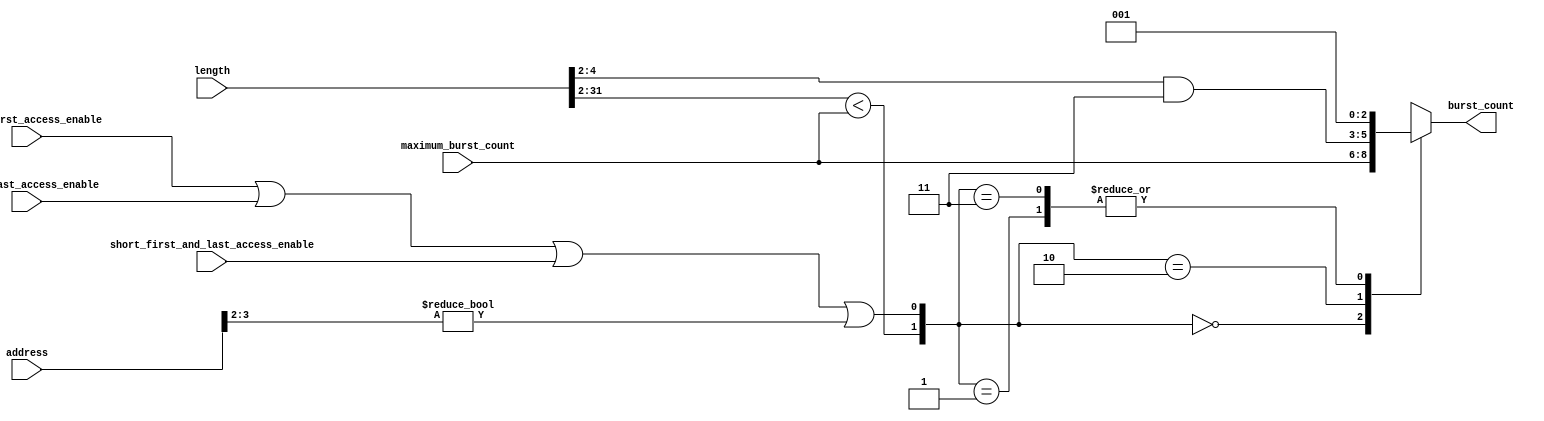
// (C) 2001-2016 Intel Corporation. All rights reserved.
// Your use of Intel Corporation's design tools, logic functions and other 
// software and tools, and its AMPP partner logic functions, and any output 
// files any of the foregoing (including device programming or simulation 
// files), and any associated documentation or information are expressly subject 
// to the terms and conditions of the Intel Program License Subscription 
// Agreement, Intel MegaCore Function License Agreement, or other applicable 
// license agreement, including, without limitation, that your use is for the 
// sole purpose of programming logic devices manufactured by Intel and sold by 
// Intel or its authorized distributors.  Please refer to the applicable 
// agreement for further details.


/*
  This block takes the length and forms the appropriate burst count.
  Whenever one of the short access enables are asserted this block
  will post a burst of one.  Posting a burst of one isn't necessary
  but it will make it possible to add byte enable support to the
  read master at a later date.


  Revision History:

  1.0  First version
  
  1.1  Added generate logic around the internal burst count logic to prevent zero
       replication simulation bug.  In the case of a non-bursting master the
       burst count is just hardcoded to 1.

*/


// synthesis translate_off
`timescale 1ns / 1ps
// synthesis translate_on

// turn off superfluous verilog processor warnings 
// altera message_level Level1 
// altera message_off 10034 10035 10036 10037 10230 10240 10030 


module read_burst_control (
  address,
  length,
  maximum_burst_count,
  short_first_access_enable,
  short_last_access_enable,
  short_first_and_last_access_enable,

  burst_count
);

  parameter BURST_ENABLE = 1;      // set to 0 to hardwire the address and write signals straight out
  parameter BURST_COUNT_WIDTH = 3;
  parameter WORD_SIZE_LOG2 = 2;    // log2(DATA WIDTH/8)
  parameter ADDRESS_WIDTH = 32;
  parameter LENGTH_WIDTH = 32;
  parameter BURST_WRAPPING_SUPPORT = 1;  // set 1 for on, set 0 for off.  This parameter can't be enabled when hte master supports programmable burst.
  localparam BURST_OFFSET_WIDTH = (BURST_COUNT_WIDTH == 1)? 1: (BURST_COUNT_WIDTH-1);

  input [ADDRESS_WIDTH-1:0] address;
  input [LENGTH_WIDTH-1:0] length;
  input [BURST_COUNT_WIDTH-1:0] maximum_burst_count;  // will be either a hardcoded input or programmable
  input short_first_access_enable;
  input short_last_access_enable;
  input short_first_and_last_access_enable;

  output wire [BURST_COUNT_WIDTH-1:0] burst_count;


  wire [BURST_COUNT_WIDTH-1:0] posted_burst;   // when the burst statemachine is used this will be the burst count posted to the fabric
  reg [BURST_COUNT_WIDTH-1:0] internal_burst_count;  // muxes posted_burst, posted_burst_d1, and '1' since we need to be able to post bursts of '1' for short accesses
  wire burst_of_one_enable;     // asserted when partial word accesses are occuring
  wire short_burst_enable;
  wire [BURST_OFFSET_WIDTH-1:0] burst_offset;


  assign burst_offset = address[BURST_OFFSET_WIDTH+WORD_SIZE_LOG2-1:WORD_SIZE_LOG2];

  // for unaligned or partial transfers we must use a burst length of 1 so that 
  assign burst_of_one_enable = (short_first_access_enable == 1) | (short_last_access_enable == 1) | (short_first_and_last_access_enable == 1) |  // when performing partial accesses use a burst length of 1
                               ((BURST_WRAPPING_SUPPORT == 1) & (burst_offset != 0));  // when the burst boundary offset is non-zero then the master isn't in burst alignment yet as so a burst of 1 needs to be posted
  assign short_burst_enable = ((length >> WORD_SIZE_LOG2) < maximum_burst_count);

generate
  if ((BURST_ENABLE == 1) & (BURST_COUNT_WIDTH > 1))
  begin
   
    always @ (maximum_burst_count or length or short_burst_enable or burst_of_one_enable)
    begin
    case ({short_burst_enable, burst_of_one_enable})
      2'b00 : internal_burst_count = maximum_burst_count;
      2'b01 : internal_burst_count = 1;  // this is when the master starts unaligned
      2'b10 : internal_burst_count = ((length >> WORD_SIZE_LOG2) & {(BURST_COUNT_WIDTH-1){1'b1}});  // this could be followed by a burst of 1 if there are a few bytes leftover
      2'b11 : internal_burst_count = 1;  // burst of 1 needs to win, this is when the master starts with very little data to transfer
    endcase
    end
 
    assign burst_count = internal_burst_count;
  end
  else
  begin
    assign burst_count = 1;  // this will be stubbed at the top level but will be used for the address and pending reads incrementing
  end
endgenerate

endmodule